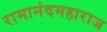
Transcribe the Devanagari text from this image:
रामानंदमहाराज